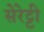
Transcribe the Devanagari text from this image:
सेरेट्टी